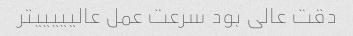
دقت عالی بود سرعت عمل عالیییییتر